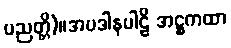
ပညတ္တိ)။အပဒါနပါဠိ အဋ္ဌကထာ